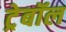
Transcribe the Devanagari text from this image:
ट्रेबॉल